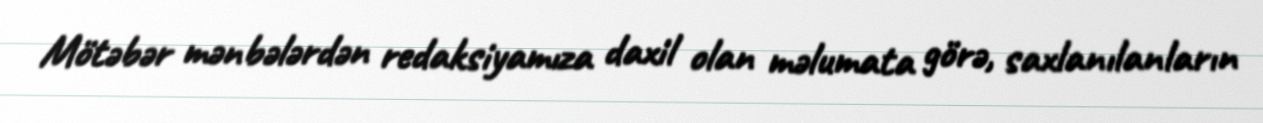
Mötəbər mənbələrdən redaksiyamıza daxil olan məlumata görə, saxlanılanların